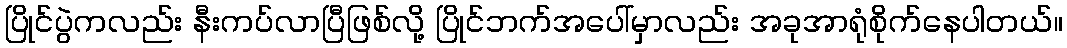
ပြိုင်ပွဲကလည်း နီးကပ်လာပြီဖြစ်လို့ ပြိုင်ဘက်အပေါ်မှာလည်း အခုအာရုံစိုက်နေပါတယ်။